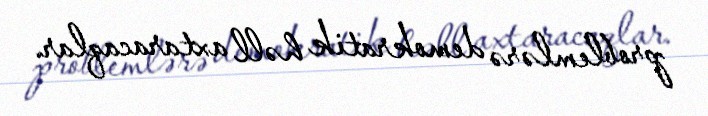
problemlərə demokratik həll axtaracaqlar.